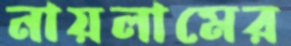
নায়লামের